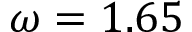
\omega = 1 . 6 5